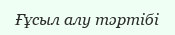
Ғұсыл алу тәртібі